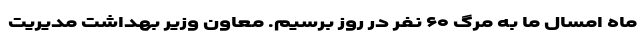
ماه امسال ما به مرگ ۶۰ نفر در روز برسیم. معاون وزیر بهداشت مدیریت